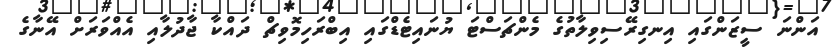
އަންނަ ސީޒަންގައި އިނގިރޭސިވިލާތުގެ މެންޗަސްޓަ ޔުނައިޓެޑްގައި އިބްރަހިމޮވިޗް ދައްކާ ޖާދުލާއި އެއްވަރަށް އޭނާގެ